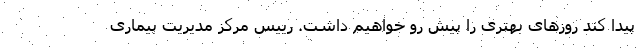
پیدا کند روزهای بهتری را پیش رو خواهیم داشت. رییس مرکز مدیریت بیماری